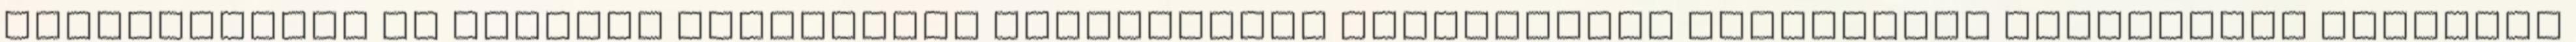
Szolgáltatók és Gyártók Szövetsége Hulladékból Tüzelőanyag Előállítás Gyakorlata Budapest